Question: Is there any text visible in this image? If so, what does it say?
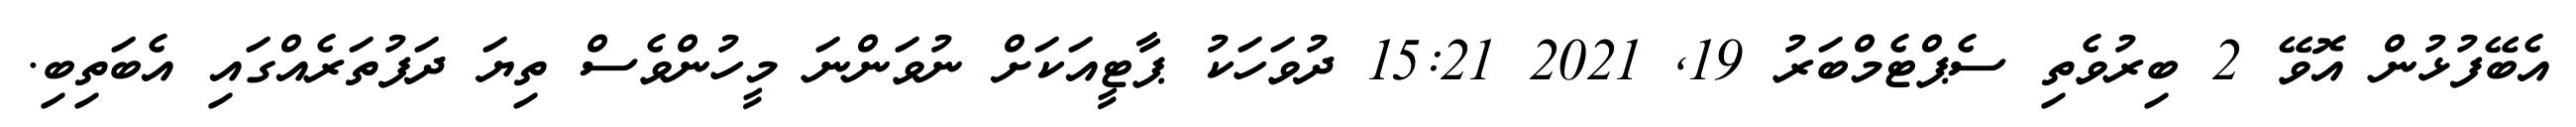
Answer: އެބޭފުޅުން އޮވޭ 2 ބިރުވެތި ސެޕްޓެމްބަރު 19, 2021 15:21 ދުވަހަކު ޕާޓީއަކަށް ނުވަންނަ މީހުންވެސް ތިޔަ ދަފުތަރެއްގައި އެބަތިބި.